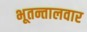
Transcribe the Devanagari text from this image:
भूतन्तालवार